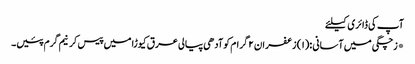
آپ کی ڈائری کیلئے
*زچگی میں آسانی :(۱) زعفران ۲ گرام کوآدھی پیالی عرق کیوڑا میں پیس کرنیم گرم پئیں۔